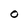
Character: O